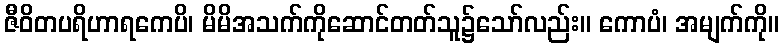
ဇီဝိတပရိဟာရကေပိ၊ မိမိအသက်ကိုဆောင်တတ်သူ၌သော်လည်း။ ကောပံ၊ အမျက်ကို။